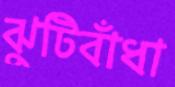
ঝুটিবাঁধা